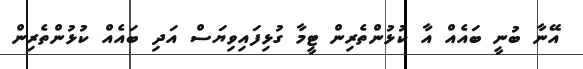
އޭނާ ބުނީ ބައެއް އާ ކުޅުންތެރިން ޓީމާ ގުޅިފައިވިޔަސް އަދި ބައެއް ކުޅުންތެރިން